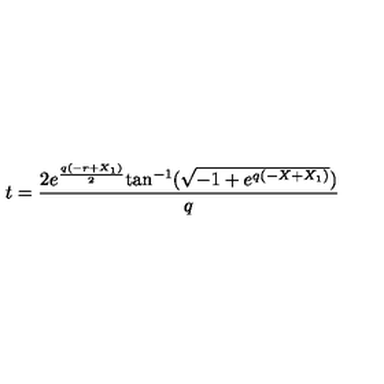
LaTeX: t = { \frac { 2 { e ^ { { \frac { q \left( - r + { X _ { 1 } } \right) } { 2 } } } } \mathrm { t a n } ^ { - 1 } ( { \sqrt { - 1 + { e ^ { q \left( - X + { X _ { 1 } } \right) } } } } ) { } } { q } }